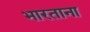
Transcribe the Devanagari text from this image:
भारताना